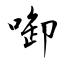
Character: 啣